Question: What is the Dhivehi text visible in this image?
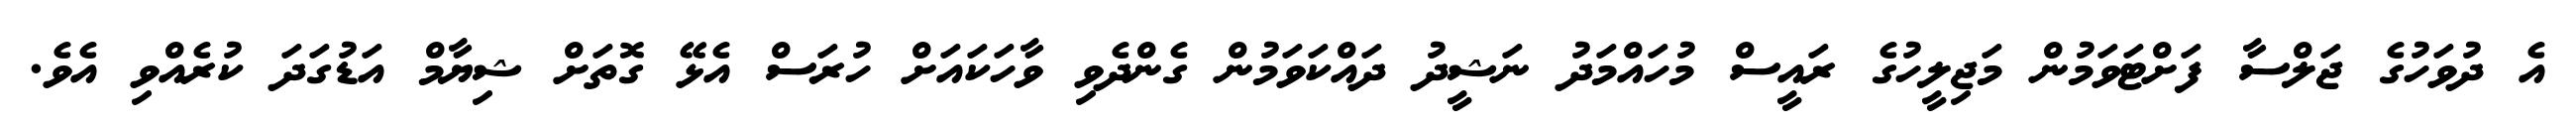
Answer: އެ ދުވަހުގެ ޖަލްސާ ފަށްޓަވަމުން މަޖިލީހުގެ ރައީސް މުހައްމަދު ނަޝީދު ދައްކަވަމުން ގެންދެވި ވާހަކައަށް ހުރަސް އެޅޭ ގޮތަށް ޝިޔާމް އަޑުގަދަ ކުރެއްވި އެވެ.